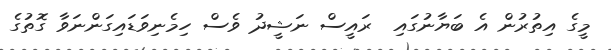
މީގެ އިތުރުން އެ ބަޔާނުގައި  ރައީސް ނަޝީދު ވެސް ހިމެނިވަޑައިގަންނަވާ ގޮތުގެ